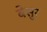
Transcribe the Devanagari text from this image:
बेसुर